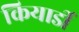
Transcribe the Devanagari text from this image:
कियार्डी